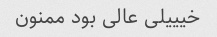
خیییلی عالی بود ممنون